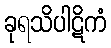
ခုရသိပါဋိကံ